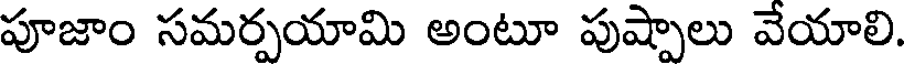
పూజాం సమర్పయామి అంటూ పుష్పాలు వేయాలి.